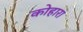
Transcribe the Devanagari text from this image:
कोहारा